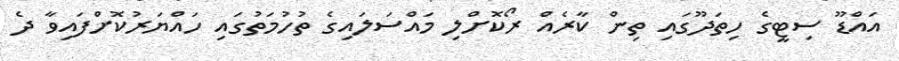
އައްޑޫ ސިޓީގެ ހިތަދޫގައި ތިން ކާރެއް ރޯކޮށްލި މައްސަލައިގެ ތުހުމަތުގައި ހައްޔަރުކޮށްފައިވާ ދެ